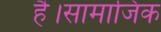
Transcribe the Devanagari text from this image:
है।सामाजिक